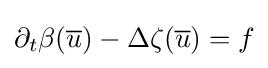
\partial _{t}\beta ({\overline {u}})-\Delta \zeta ({\overline {u}})=f